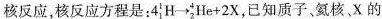
核反应，核反应方程是：4_{ 1}^{1}H\longrightarrow _{2}^{4}He+2X，已知质子、氨核。X的